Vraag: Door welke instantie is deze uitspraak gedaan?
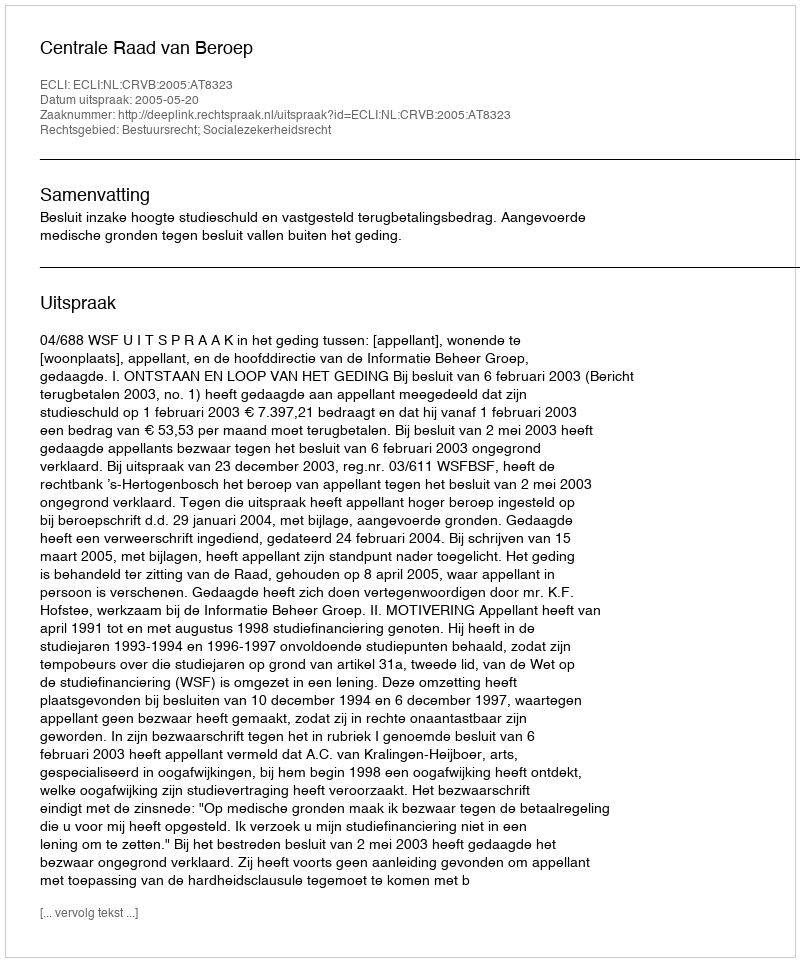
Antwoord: Centrale Raad van Beroep